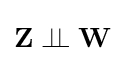
\mathbf {Z} \perp \!\!\!\perp \mathbf {W}